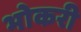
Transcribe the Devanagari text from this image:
भोकरी